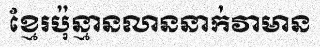
ខ្មែរប៉ុន្មានលាននាក់វាមាន